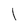
Character: 1